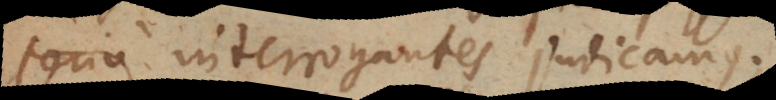
serio interrogantes judicamus